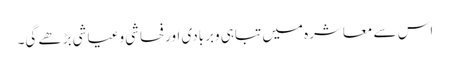
اس سے معاشرہ میں تباہی وبربادی اورفحاشی وعیاشی بڑھے گی۔